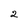
Character: 2